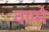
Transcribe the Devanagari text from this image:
वण्मे